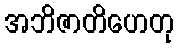
အဘိဇာတိဟေတု